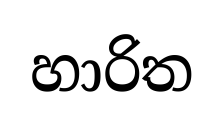
හාරිත